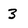
Character: 3